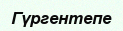
Гүргентепе